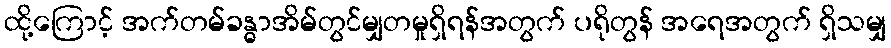
ထို့ကြောင့် အက်တမ်ခန္ဓာအိမ်တွင်မျှတမှုရှိရန်အတွက် ပရိုတွန် အရေအတွက် ရှိသမျှ